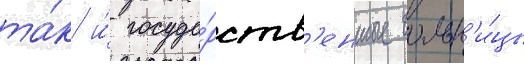
та́к и́ госуда́рств'енные больн'и́цы